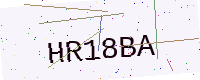
Text: HR18BA